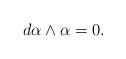
LaTeX: \begin{align*}d\alpha\wedge\alpha=0.\end{align*}